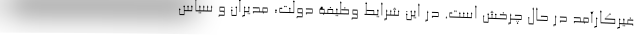
غیرکارآمد در حال چرخش است. در این شرایط وظیفۀ دولت، مدیران و سیاس